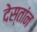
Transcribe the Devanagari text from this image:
देस्तांन